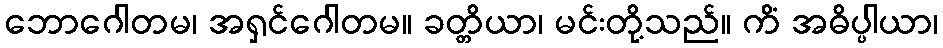
ဘောဂေါတမ၊ အရှင်ဂေါတမ။ ခတ္တိယာ၊ မင်းတို့သည်။ ကိံ အဓိပ္ပါယာ၊